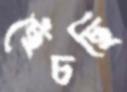
ছেঁচছি